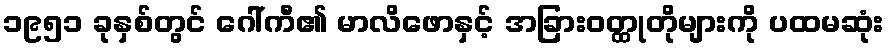
၁၉၅၁ ခုနှစ်တွင် ဂေါ်ကီ၏ မာလိဖောနှင့် အခြားဝတ္ထုတိုများကို ပထမဆုံး